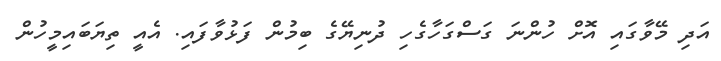
އަދި މޭވާގައި އޮށް ހުންނަ ގަސްގަހާގެހި ދުނިޔޭގެ ބިމުން ފަޅުވާފައި. އެއީ ތިޔަބައިމީހުން